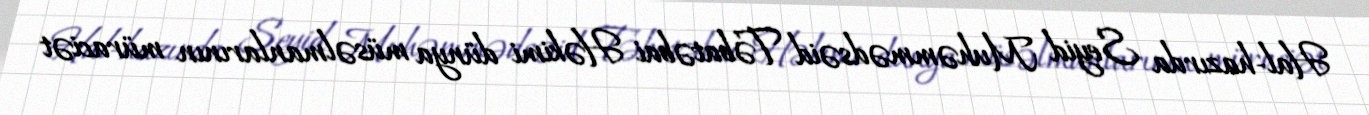
Hal-hazırda Seyid Muhəmmədsəid Təbatəbai Həkimi dünya müsəlmanlarının müraciət